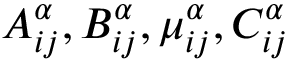
A _ { i j } ^ { \alpha } , B _ { i j } ^ { \alpha } , \mu _ { i j } ^ { \alpha } , C _ { i j } ^ { \alpha }